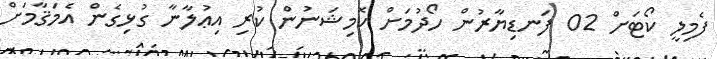
ފެމިލީ ކޯޓަށް 02 ފަނޑިޔާރުން ހޯދުމަށް ކޮމިޝަނުން ކުރި އިޢުލާނާ ގުޅިގެން އެމަޤާމަށް